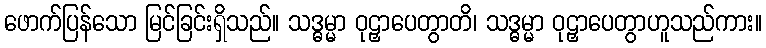
ဖောက်ပြန်သော မြင်ခြင်းရှိသည်။ သဒ္ဓမ္မာ ဝုဠှာပေတွာတိ၊ သဒ္ဓမ္မာ ဝုဠှာပေတွာဟူသည်ကား။